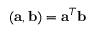
( \mathbf { a } , \mathbf { b } ) = \mathbf { a } ^ { T } \mathbf { b }